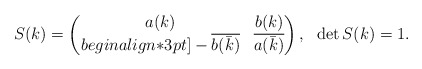
\begin{align*}S(k)=\begin{pmatrix}a(k) & b(k) \\begin{align*}3pt]-\overline{b(\bar{k})} & \overline{a(\bar{k})}\end{pmatrix}, \ \ \det S(k)=1.\end{align*}